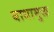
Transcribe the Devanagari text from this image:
बाधामुक्त